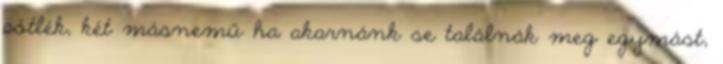
pótlék, két másnemű ha akarnánk se találnák meg egymást,